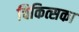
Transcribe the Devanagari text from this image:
चिकित्सका